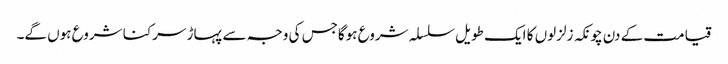
قیامت کے دن چونکہ زلزلوں کا ایک طویل سلسلہ شروع ہوگاجس کی وجہ سے پہاڑ سرکنا شروع ہوں گے۔